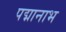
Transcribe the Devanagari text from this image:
पद्मानाभ